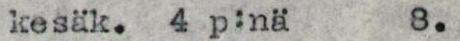
kesäk. 4 p:nä 8.